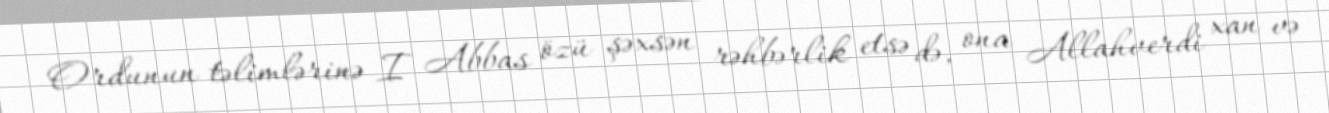
Ordunun təlimlərinə I Abbas özü şəxsən rəhbərlik etsə də, ona Allahverdi xan və